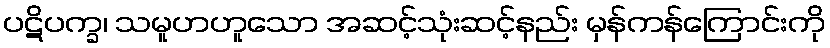
ပဋိပက္ခ၊ သမူဟဟူသော အဆင့်သုံးဆင့်နည်း မှန်ကန်ကြောင်းကို